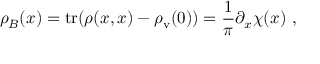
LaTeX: \rho _ { B } ( x ) = \mathrm { t r } ( \rho ( x , x ) - \rho _ { \mathrm { v } } ( 0 ) ) = \frac { 1 } { \pi } \partial _ { x } \chi ( x ) \ ,